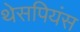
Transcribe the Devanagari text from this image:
थेसपियंस